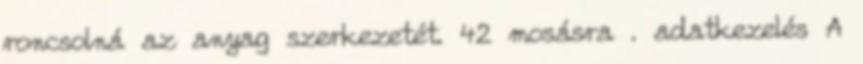
roncsolná az anyag szerkezetét. 42 mosásra . adatkezelés A